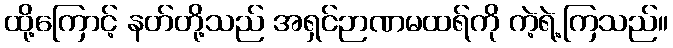
ထို့ကြောင့် နတ်တို့သည် အရှင်ဉာဏမထရ်ကို ကဲ့ရဲ့ကြသည်။